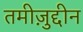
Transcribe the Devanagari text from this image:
तमीज़ुद्दीन